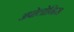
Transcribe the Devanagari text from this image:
अपोलोनिस